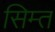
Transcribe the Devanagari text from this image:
सिम्त